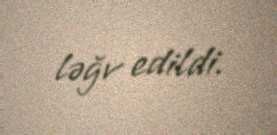
ləğv edildi.